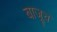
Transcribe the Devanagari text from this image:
बाजूच